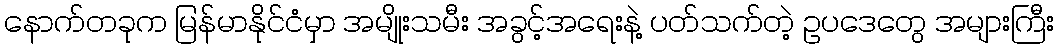
နောက်တခုက မြန်မာနိုင်ငံမှာ အမျိုးသမီး အခွင့်အရေးနဲ့ ပတ်သက်တဲ့ ဥပဒေတွေ အများကြီး